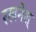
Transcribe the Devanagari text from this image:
रखनेश्